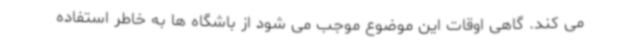
می کند. گاهی اوقات این موضوع موجب می شود از باشگاه ها به خاطر استفاده